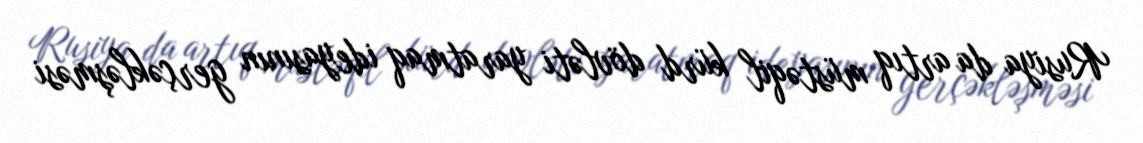
Rusiya da artıq müstəqil kürd dövləti yaratmaq ideyasının gerçəkləşməsi